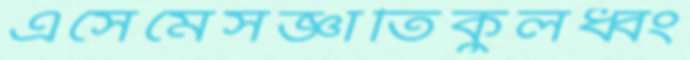
এসেমেসজ্ঞাতিকুলধ্বং